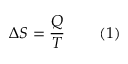
\Delta S = { \frac { Q } { T } } \, \, \, \, \, \, \, \, \, \, \, \, \, ( 1 )